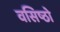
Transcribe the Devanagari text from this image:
वसिष्ठो